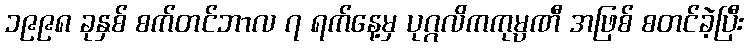
၁၉၉၈ ခုနှစ် စက်တင်ဘာလ ၇ ရက်နေ့မှ ပုဂ္ဂလိကကုမ္ပဏီ အဖြစ် စတင်ခဲ့ပြီး